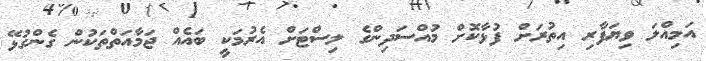
އަމިއްލަ ވިޔަފާރި އިތުރަށް ފުޅާކޮށް މުއްސަދިންގެ ލިސްޓަށް އެރުމަކީ ބައެއް ޖަމާއަތްތަކުން ގެންގުޅޭ